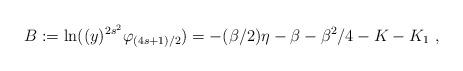
LaTeX: \begin{align*}B:=\ln ((y)^{2s^2}\varphi _{(4s+1)/2})=-(\beta /2)\eta -\beta -\beta ^2/4-K-K_1~,\end{align*}